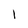
Character: 1